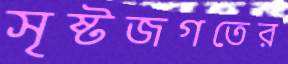
সৃষ্টজগতের